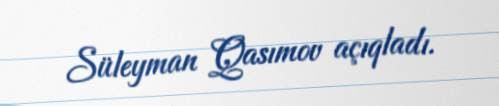
Süleyman Qasımov açıqladı.